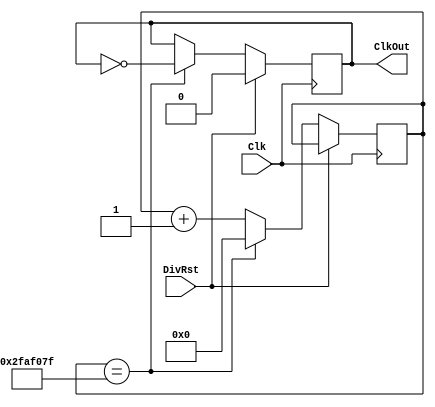
`timescale 1ns / 1ps
//////////////////////////////////////////////////////////////////////////////////
// Company: 
// Engineer: 
// 
// Design Name: 
// Module Name:    ClkDiv 
// Project Name: 
// Target Devices: 
// Tool versions: 
// Description: 
//
// Dependencies: 
//
// Revision: 
// Revision 0.01 - File Created
// Additional Comments: 
//
//////////////////////////////////////////////////////////////////////////////////
module ClkDiv(Clk, DivRst, ClkOut);

	input Clk, DivRst;
	output reg ClkOut;
	
	parameter BoardClk = 50000000;//50000000 Hz board clock
	parameter Clk_out = 1; //1 Hz
	parameter MaxCount = BoardClk/(Clk_out); //max counter size 50000000 cycles
	
	reg [25:0] Counter = 0; //26-bit counter
	
	always @(posedge Clk)
	begin
	
		if(DivRst == 1)
			ClkOut <=0;
		else if (Counter == MaxCount-1) 
			begin
				Counter <= 0;
				ClkOut <= ~ClkOut;
			end
		else
			begin
			Counter <= Counter + 1'd1;
			end	
	end
endmodule